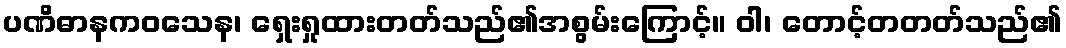
ပဏိဓာနကဝသေန၊ ရှေးရှုထားတတ်သည်၏အစွမ်းကြောင့်။ ဝါ၊ တောင့်တတတ်သည်၏